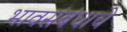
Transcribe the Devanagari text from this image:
भावसंबंधाचे